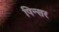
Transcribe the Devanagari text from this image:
पिन्सर